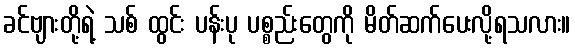
ခင်ဗျားတို့ရဲ့ သစ် ထွင်း ပန်းပု ပစ္စည်းတွေကို မိတ်ဆက်ပေးလို့ရသလား။